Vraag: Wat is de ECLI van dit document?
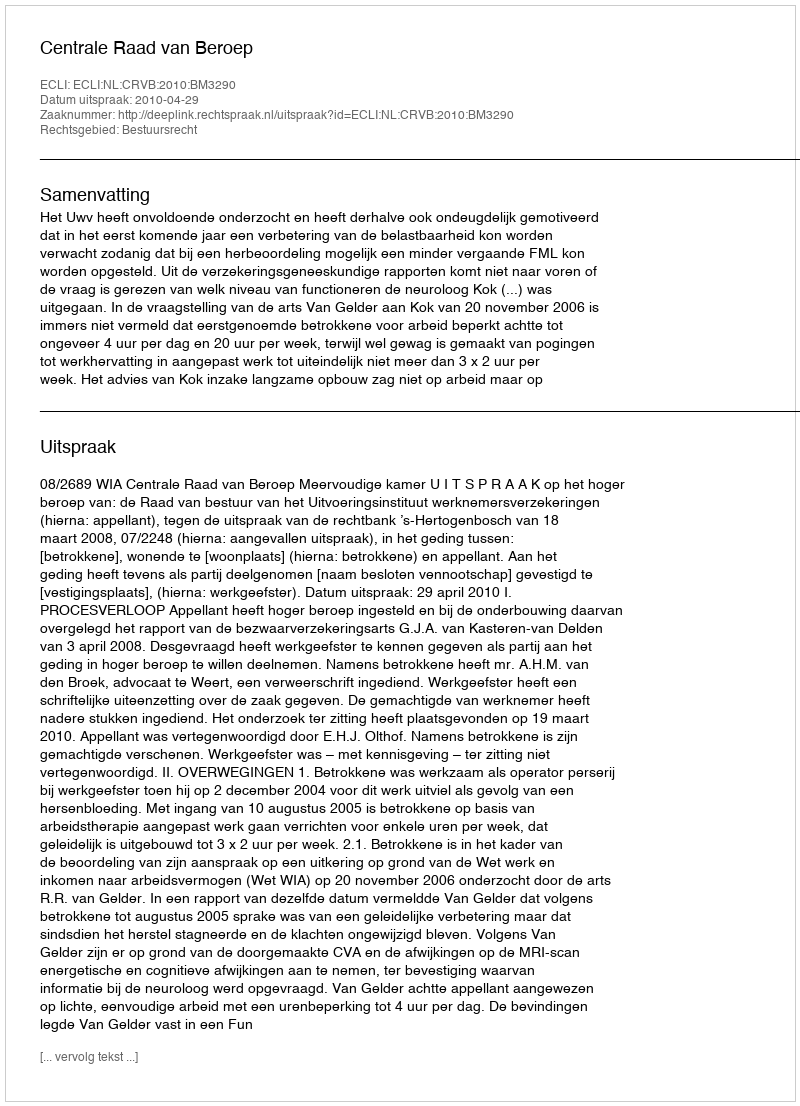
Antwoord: ECLI:NL:CRVB:2010:BM3290